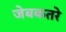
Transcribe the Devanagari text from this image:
जेबकतरे